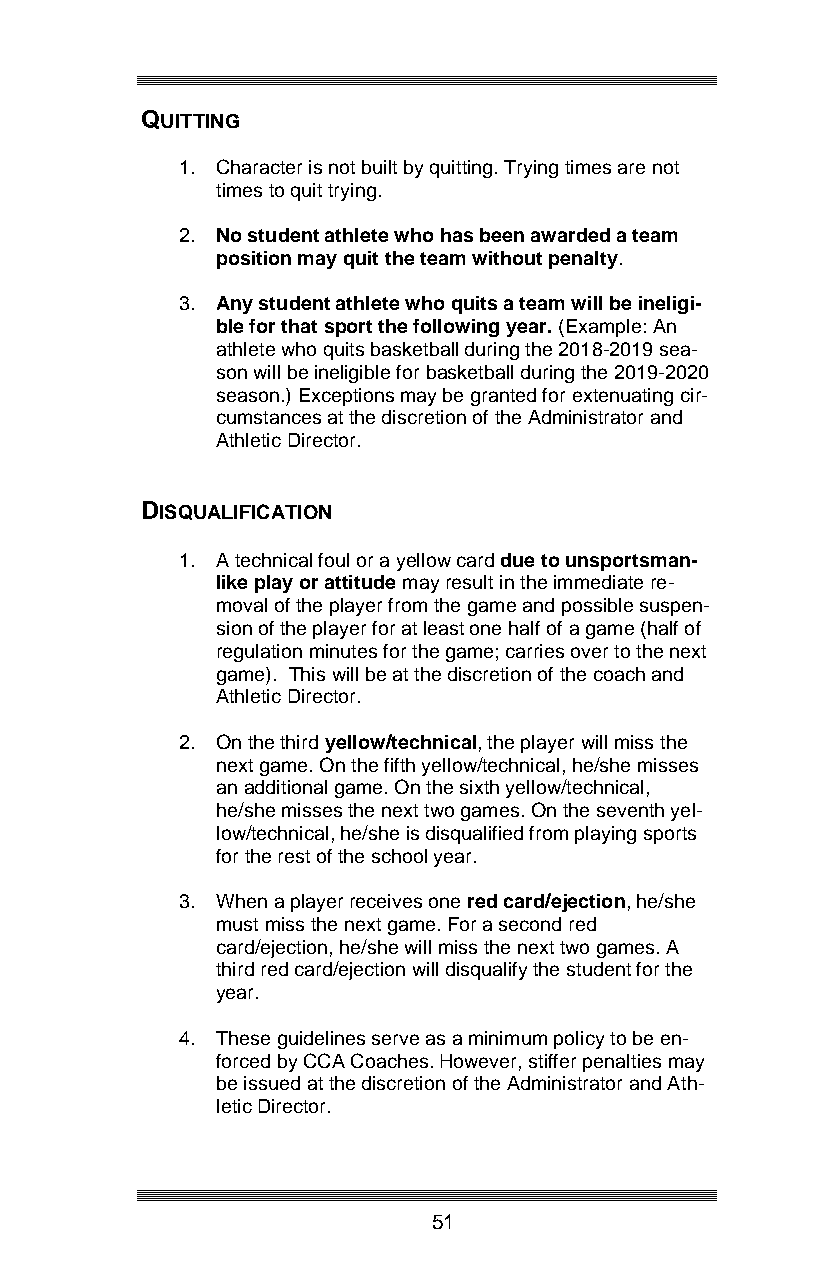
QUITTING
 1. Character is not built by quitting. Trying times are not
 times to quit trying.
 2. No student athlete who has been awarded a team
 position may quit the team without penalty.
 3. Any student athlete who quits a team will be ineligi-
 ble for that sport the following year. (Example: An
 athlete who quits basketball during the 2018-2019 sea-
 son will be ineligible for basketball during the 2019-2020
 season.) Exceptions may be granted for extenuating cir-
 cumstances at the discretion of the Administrator and
 Athletic Director.
 DISQUALIFICATION
 1. A technical foul or a yellow card due to unsportsman-
 like play or attitude may result in the immediate re-
 moval of the player from the game and possible suspen-
 sion of the player for at least one half of a game (half of
 regulation minutes for the game; carries over to the next
 game). This will be at the discretion of the coach and
 Athletic Director.
 2. On the third yellow/technical, the player will miss the
 next game. On the fifth yellow/technical, he/she misses
 an additional game. On the sixth yellow/technical,
 he/she misses the next two games. On the seventh yel-
 low/technical, he/she is disqualified from playing sports
 for the rest of the school year.
 3. When a player receives one red card/ejection, he/she
 must miss the next game. For a second red
 card/ejection, he/she will miss the next two games. A
 third red card/ejection will disqualify the student for the
 year.
 4. These guidelines serve as a minimum policy to be en-
 forced by CCA Coaches. However, stiffer penalties may
 be issued at the discretion of the Administrator and Ath-
 letic Director.
 51